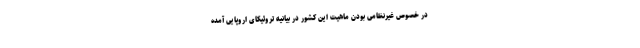
در خصوص غیرنظامی بودن ماهیت این کشور در بیانیه تروئیکای اروپایی آمده